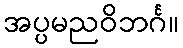
အပ္ပမညဝိဘင်္ဂ။